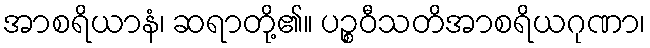
အာစရိယာနံ၊ ဆရာတို့၏။ ပဉ္စဝီသတိအာစရိယဂုဏာ၊